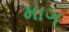
માગ